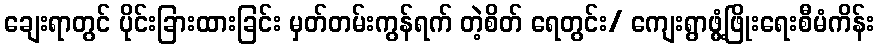
ချေးရာတွင် ပိုင်းခြားထားခြင်း မှတ်တမ်းကွန်ရက် တဲ့စိတ် ရေတွင်း/ ကျေးရွာဖွံ့ဖြိုးရေးစီမံကိန်း